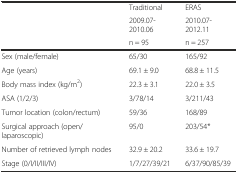
|  | Traditional | ERAS |
 |  | 2009.07-2010.06 | 2010.07-2012.11 |
 |  | n = 95 | n = 257 |
 | --- | --- | --- |
 | Sex (male/female) | 65/30 | 165/92 |
 | Age (years) | 69.1 ± 9.0 | 68.8 ± 11.5 |
 | Body mass index (kg/m2) | 22.3 ± 3.1 | 22.0 ± 3.5 |
 | ASA (1/2/3) | 3/78/14 | 3/211/43 |
 | Tumor location (colon/rectum) | 59/36 | 168/89 |
 | Surgical approach (open/laparoscopic) | 95/0 | 203/54* |
 | Number of retrieved lymph nodes | 32.9 ± 20.2 | 33.6 ± 19.7 |
 | Stage (0/I/II/III/IV) | 1/7/27/39/21 | 6/37/90/85/39 |